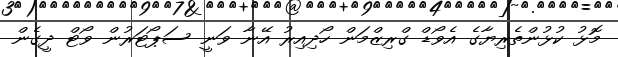
މޮޅު ކުޅުންތެރިޔާގެ އެވޯޑް ގްރިޒްމަން ހޯދިއިރު އޭނާ ވަނީ ސަޕޯޓަރުން ވޯޓް ދީގެން